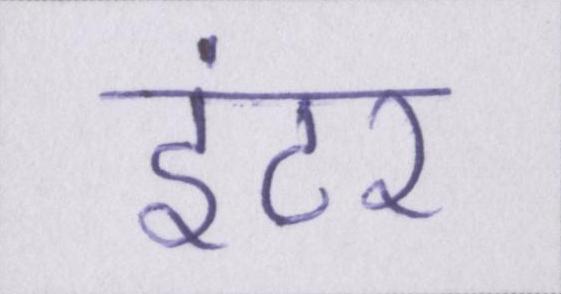
इंटर